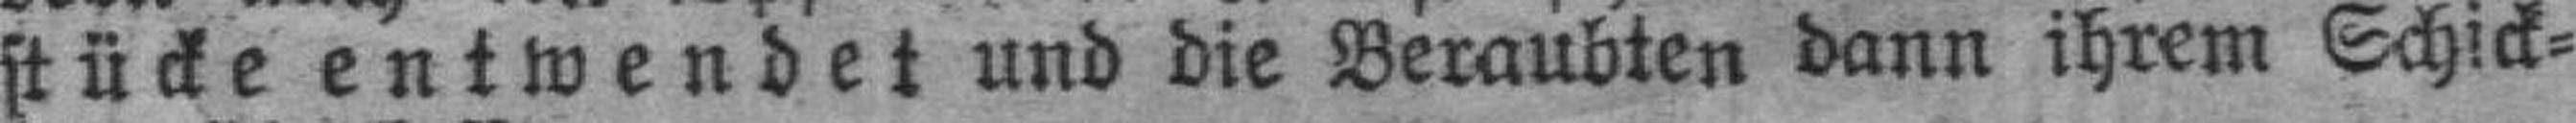
stücke entwendet und die Beraubten dann ihrem Schick¬